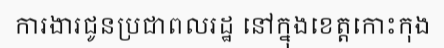
ការងារជូនប្រជាពលរដ្ឋ នៅក្នុងខេត្តកោះកុង